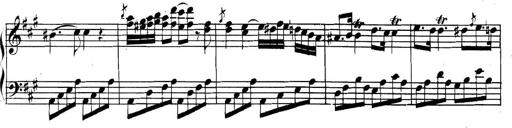
Title: Collected Piano Sonatas
Composer: Muzio Clementi